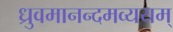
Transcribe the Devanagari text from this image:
ध्रुवमानन्दमव्ययम्